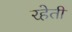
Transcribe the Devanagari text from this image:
रहेती